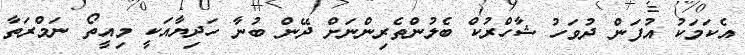
އެކަމަކު އުފަން ދުވަހު ޝާހްރުކް ބެލުންތެރިންނަށް ދޭން ބުނާ ހަދިޔާއަކީ މިއީތޯ ނަމްރަތާ